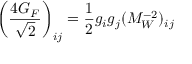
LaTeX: \left( { \frac { 4 G _ { F } } { \sqrt 2 } } \right) _ { i j } = { \frac { 1 } { 2 } } g _ { i } g _ { j } ( { \cal M } _ { W } ^ { - 2 } ) _ { i j }